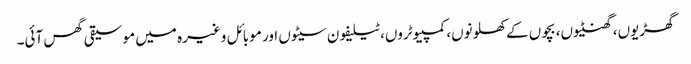
گھڑیوں، گھنٹیوں، بچوں کے کھلونوں، کمپیوٹروں، ٹیلیفون سیٹوں اور موبائل وغیرہ میں موسیقی گھس آئی۔